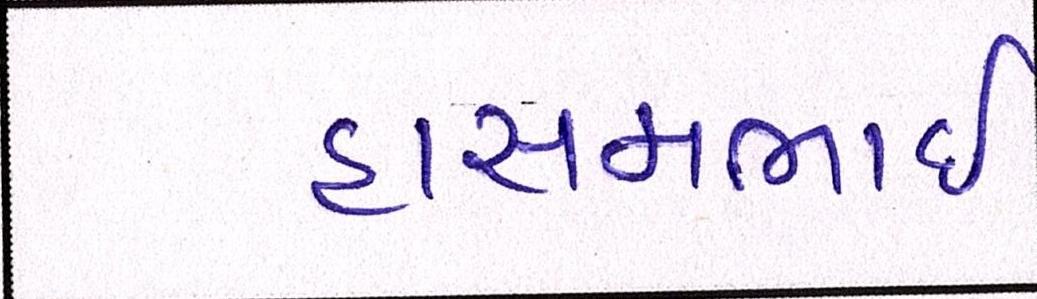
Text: હાસમભાઇ